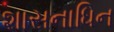
શાસનાધિન